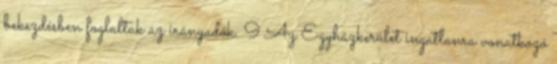
bekezdésben foglaltak az irányadók. 9 Az Egyházkerület ingatlanra vonatkozó